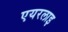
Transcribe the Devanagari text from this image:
एयरलाइ